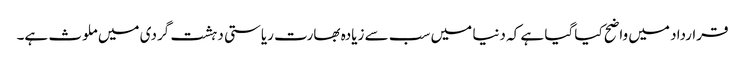
قرارداد میں واضح کیا گیا ہے کہ دنیا میں سب سے زیادہ بھارت ریاستی دہشت گردی میں ملوث ہے۔